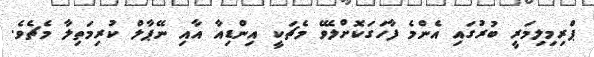
ޕްރިމިލިމަރީ ބުރުގައި އެންމެ ފާހަގަކޮށްލެވޭ މެޗަކީ އިިންޑިއާ އާއި ނޭޕާލް ކުރިމަތިލާ މެޗެވެ.